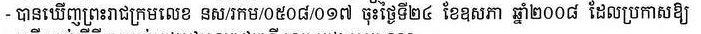
- បានឃើញព្រះរាជក្រមលេខ នស/រកម/០៥០៨/០១៧ ចុះថ្ងៃទី២៤ ខែឧសភា ឆ្នាំ២០០៨ ដែលប្រកាសឲ្យ